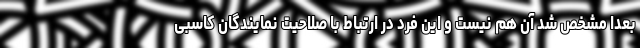
بعداً مشخص شد آن هم نیست و این فرد در ارتباط با صلاحیت نمایندگان کاسبی